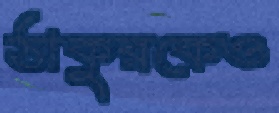
ঠাকুরকেও